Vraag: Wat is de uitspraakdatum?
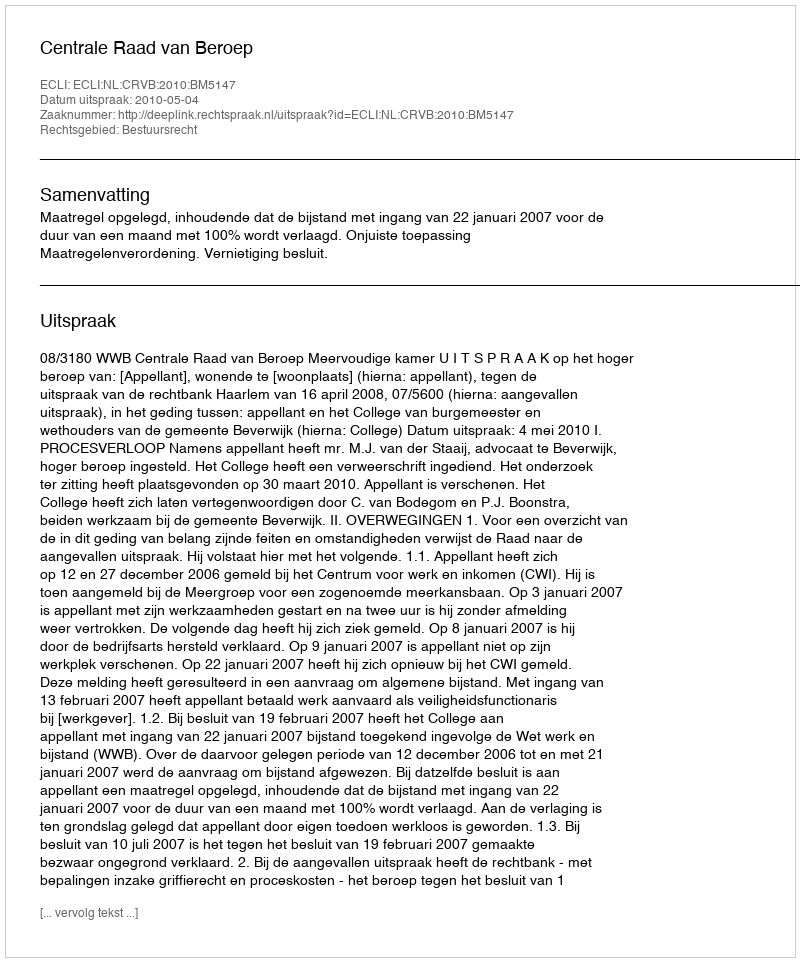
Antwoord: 2010-05-04